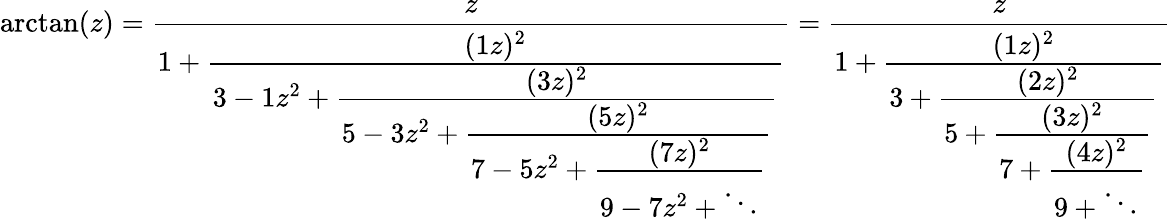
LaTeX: \arctan(z)={\frac{z}{1+{\cfrac{(1z)^{2}}{3-1z^{2}+{\cfrac{(3z)^{2}}{5-3z^{2}+{\cfrac{(5z)^{2}}{7-5z^{2}+{\cfrac{(7z)^{2}}{9-7z^{2}+\ddots}}}}}}}}}}={\frac{z}{1+{\cfrac{(1z)^{2}}{3+{\cfrac{(2z)^{2}}{5+{\cfrac{(3z)^{2}}{7+{\cfrac{(4z)^{2}}{9+\ddots}}}}}}}}}}